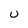
Character: U